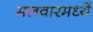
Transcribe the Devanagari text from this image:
मलवारमध्यें